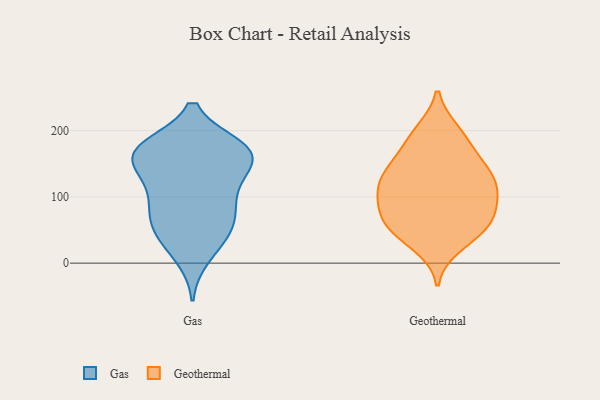
{"axis": {"x": "Energy Usage (MWh)", "y": "Value"}, "legend": ["Gas", "Geothermal"], "data": [{"x": "", "y": 154, "type": "Gas"}, {"x": "", "y": 96, "type": "Gas"}, {"x": "", "y": 173, "type": "Gas"}, {"x": "", "y": 131, "type": "Gas"}, {"x": "", "y": 99, "type": "Gas"}, {"x": "", "y": 74, "type": "Gas"}, {"x": "", "y": 164, "type": "Gas"}, {"x": "", "y": 10, "type": "Gas"}, {"x": "", "y": 45, "type": "Gas"}, {"x": "", "y": 155, "type": "Gas"}, {"x": "", "y": 174, "type": "Gas"}, {"x": "", "y": 174, "type": "Gas"}, {"x": "", "y": 119, "type": "Gas"}, {"x": "", "y": 61, "type": "Gas"}, {"x": "", "y": 165, "type": "Gas"}, {"x": "", "y": 34, "type": "Gas"}, {"x": "", "y": 175, "type": "Gas"}, {"x": "", "y": 61, "type": "Gas"}, {"x": "", "y": 138, "type": "Geothermal"}, {"x": "", "y": 138, "type": "Geothermal"}, {"x": "", "y": 92, "type": "Geothermal"}, {"x": "", "y": 161, "type": "Geothermal"}, {"x": "", "y": 199, "type": "Geothermal"}, {"x": "", "y": 112, "type": "Geothermal"}, {"x": "", "y": 51, "type": "Geothermal"}, {"x": "", "y": 54, "type": "Geothermal"}, {"x": "", "y": 197, "type": "Geothermal"}, {"x": "", "y": 181, "type": "Geothermal"}, {"x": "", "y": 93, "type": "Geothermal"}, {"x": "", "y": 117, "type": "Geothermal"}, {"x": "", "y": 26, "type": "Geothermal"}, {"x": "", "y": 73, "type": "Geothermal"}, {"x": "", "y": 69, "type": "Geothermal"}, {"x": "", "y": 62, "type": "Geothermal"}, {"x": "", "y": 42, "type": "Geothermal"}, {"x": "", "y": 107, "type": "Geothermal"}, {"x": "", "y": 124, "type": "Geothermal"}, {"x": "", "y": 144, "type": "Geothermal"}]}